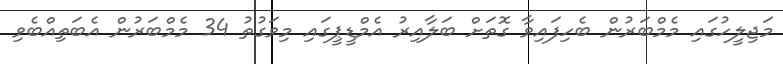
މަޖިލީހުގައި މެމްބަރުން ބެހިފައިވާ ގޮތަށް ބަލާއިރު އެމްޑީޕީގައި މިވަގުތު 34 މެމްބަރުން އެބަތިއްބެވި